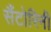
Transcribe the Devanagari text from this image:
सैंटोरिनी